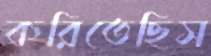
করিতেছিস